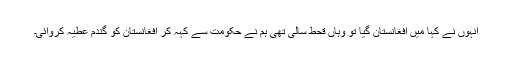
انہوں نے کہا میں افغانستان گیا تو وہاں قحط سالی تھی ہم نے حکومت سے کہہ کر افغانستان کو گندم عطیہ کروائی۔